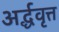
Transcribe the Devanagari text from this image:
अर्द्धवृत्त